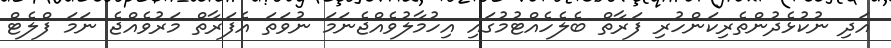
އަދި ނުކުޅެދުންތެރިކަންހުރި ފަރާތް ބެލެހެއްޓުމުގައި އިހުމާލުވެއްޖެނަމަ ނުވަތަ އެފަރާތް މަރުވެއްޖެ ނަމަ ފްލެޓް